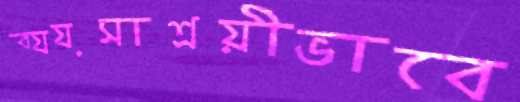
ব্যয়সাশ্রয়ীভাবে